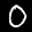
Label: 0